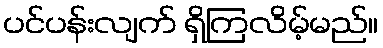
ပင်ပန်းလျက် ရှိကြလိမ့်မည်။